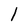
Character: 1